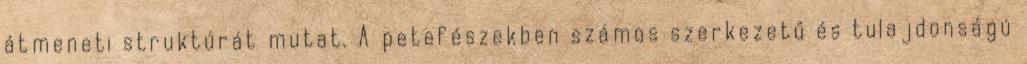
átmeneti struktúrát mutat. A petefészekben számos szerkezetű és tulajdonságú